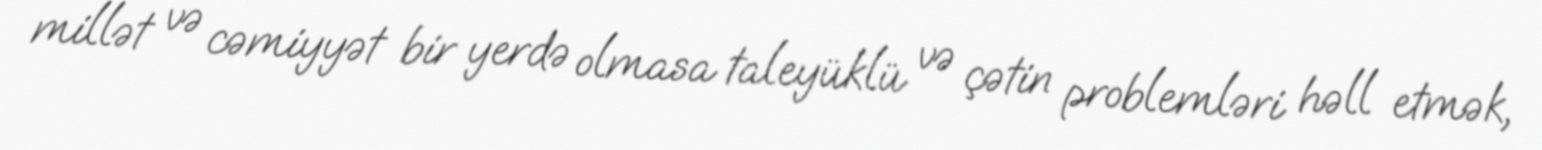
millət və cəmiyyət bir yerdə olmasa taleyüklü və çətin problemləri həll etmək,